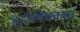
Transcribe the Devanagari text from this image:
हृदयवेधकता